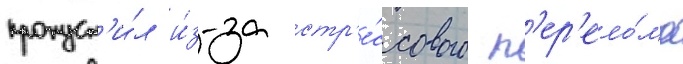
пропуст'и́л и́з-за стр'е́ссового п'ер'ело́ма